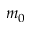
m _ { 0 }